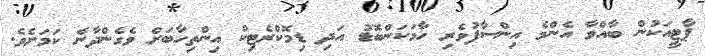
ޕާޓީއަކުން ބާއްވާ އެންމެ އިންސާފުވެރި ހާމަކަންބޮޑު އަދި ޑިމޮކްރެޓިކް އިންތިހާބަށް ވެގެންދާނެ ކަމަށެވެ.